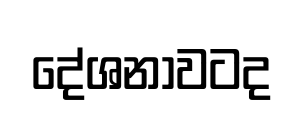
දේශනාවටද